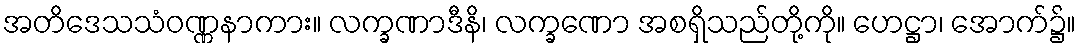
အတိဒေသသံဝဏ္ဏနာကား။ လက္ခဏာဒီနိ၊ လက္ခဏော အစရှိသည်တို့ကို။ ဟေဋ္ဌာ၊ အောက်၌။